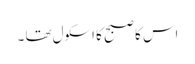
اس کا صبح کا اسکول تھا ۔